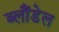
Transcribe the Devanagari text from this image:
ब्लौंडेल